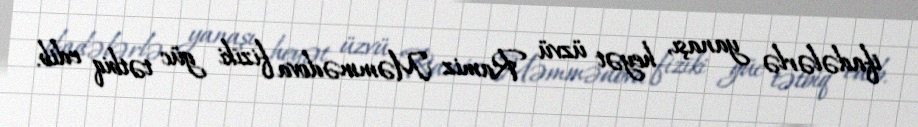
ifadələrlə yanaşı, heyət üzvü Ramiz Məmmədova fiziki güc tətbiq edib.